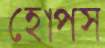
হোপস